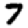
Digit: 7